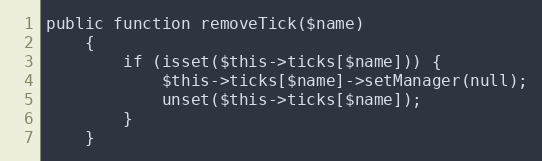
Language: PHP
public function removeTick($name)
    {
        if (isset($this->ticks[$name])) {
            $this->ticks[$name]->setManager(null);
            unset($this->ticks[$name]);
        }
    }